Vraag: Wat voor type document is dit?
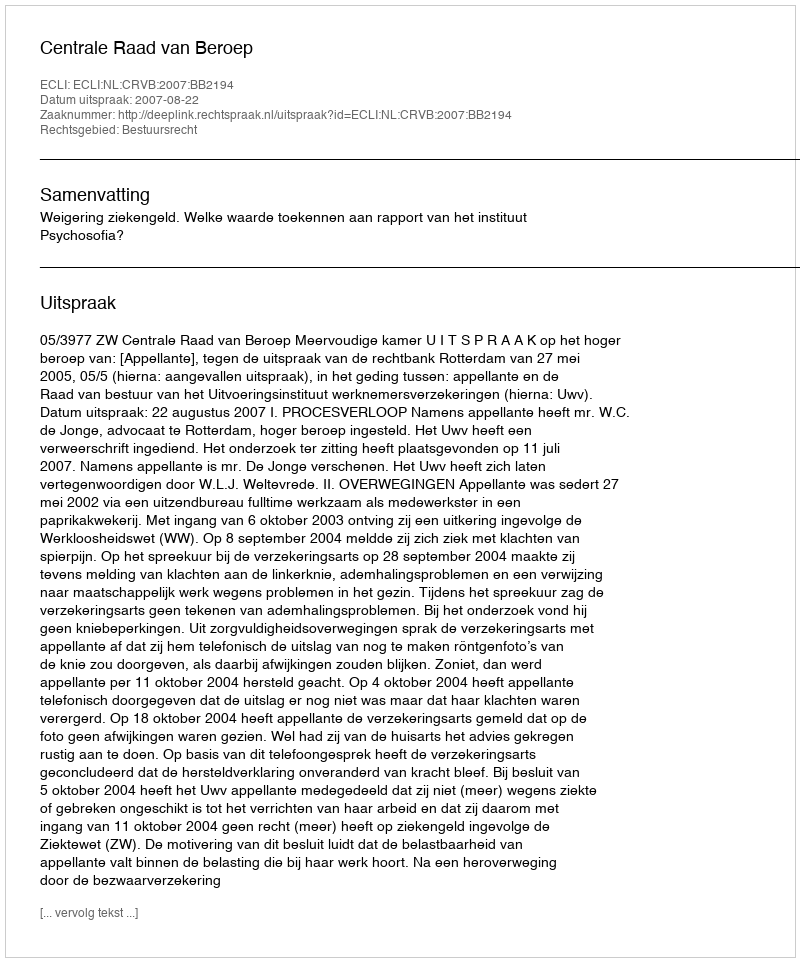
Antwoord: Uitspraak